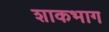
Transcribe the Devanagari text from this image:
शाकभाग